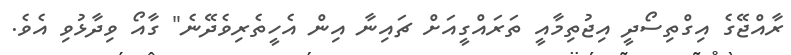
ރާއްޖޭގެ އިގްތިސޯދީ އިޖުތިމާއީ ތަރައްގީއަށް ޗައިނާ އިން އެހީތެރިވެދޭނެ" ގާއޯ ވިދާޅުވި އެވެ.